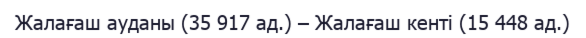
Жалағаш ауданы (35 917 ад.) – Жалағаш кенті (15 448 ад.)